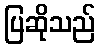
ပြဆိုသည်